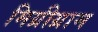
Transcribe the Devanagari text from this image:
मिग्रीग्राम